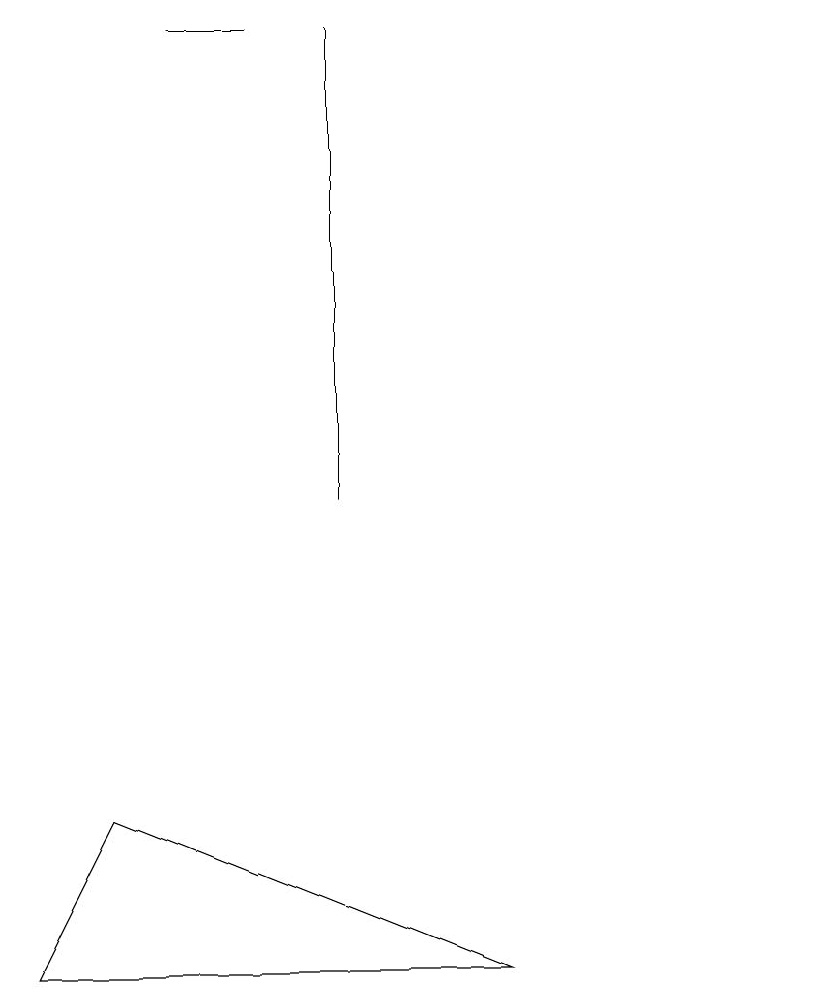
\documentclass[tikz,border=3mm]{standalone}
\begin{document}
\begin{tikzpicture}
\draw (2,9) -- (1,7) -- (7,7) -- cycle;
\draw (11,10) circle (0);
\draw (5,13) rectangle (5,19);
\draw (4,19) rectangle (3,19);
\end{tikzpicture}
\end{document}